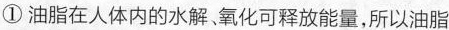
①油脂在人体内的水解、氧化可释放能量，所以油脂